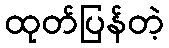
ထုတ်ပြန်တဲ့